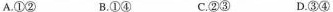
A.①② B.①④ C.②③ D.③④